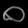
Digit: ၀